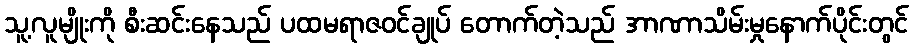
သူ့လူမျိုးကို စီးဆင်းနေသည် ပထမရာဇဝင်ချုပ် တောက်တဲ့သည် အာဏာသိမ်းမှုနောက်ပိုင်းတွင်